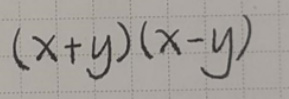
\[(x + y)(x - y)\]